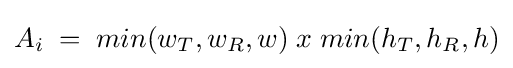
A_{i}\;=\;min(w_{T},w_{R},w)\;x\;min(h_{T},h_{R},h)